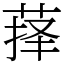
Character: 萚